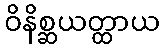
ဝိနိစ္ဆယတ္ထာယ